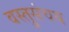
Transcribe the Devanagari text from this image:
वस्तुसंचय